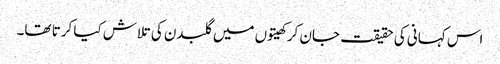
اس کہانی کی حقیقت جان کر کھیتوں میں گلبدن کی تلاش کیا کرتا تھا۔